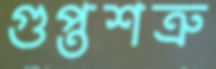
গুপ্তশত্রু